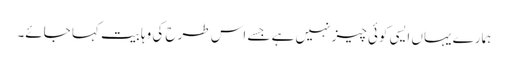
ہمارے یہاں ایسی کوئی چیز نہیں ہے جسے اس طرح کی وہابیت کہا جائے۔